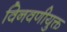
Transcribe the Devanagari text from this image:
विनवणीयुक्त